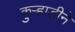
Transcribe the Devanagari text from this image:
कुऱ्हाडीने